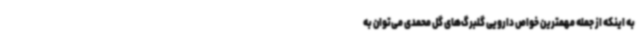
به اینکه از جمله مهمترین خواص دارویی گلبرگ‌های گل محمدی می‌توان به